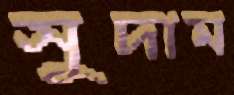
সুদাম